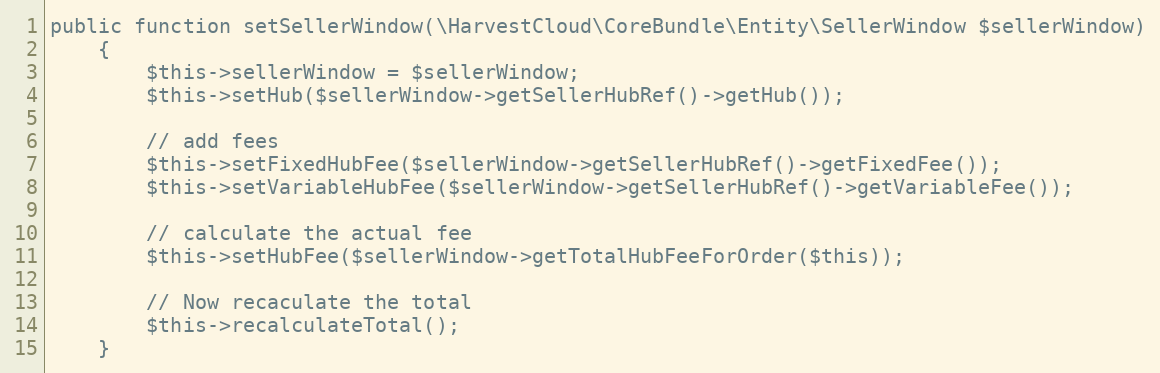
Language: PHP
public function setSellerWindow(\HarvestCloud\CoreBundle\Entity\SellerWindow $sellerWindow)
    {
        $this->sellerWindow = $sellerWindow;
        $this->setHub($sellerWindow->getSellerHubRef()->getHub());

        // add fees
        $this->setFixedHubFee($sellerWindow->getSellerHubRef()->getFixedFee());
        $this->setVariableHubFee($sellerWindow->getSellerHubRef()->getVariableFee());

        // calculate the actual fee
        $this->setHubFee($sellerWindow->getTotalHubFeeForOrder($this));

        // Now recaculate the total
        $this->recalculateTotal();
    }